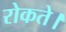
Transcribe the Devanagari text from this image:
रोकते।